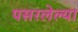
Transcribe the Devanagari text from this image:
पसरलेल्‍या